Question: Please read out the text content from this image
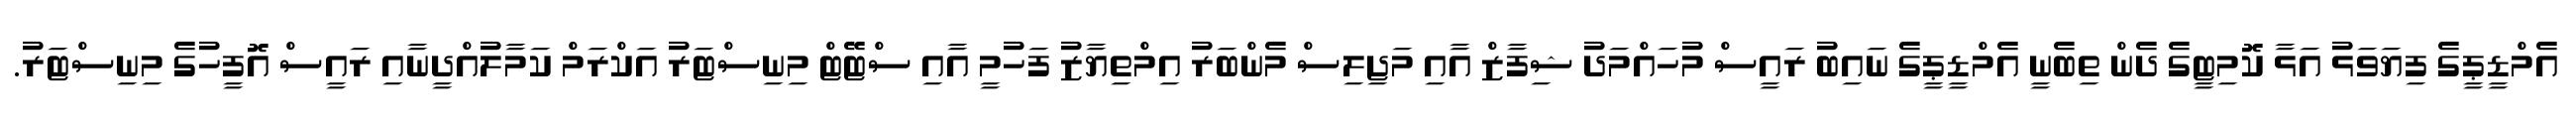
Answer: އެމްޑީޕީގެ ފިޔަވަޅު އަޅާ ކޮމިޓީގެ ދެން ތިބެނީ އެމްޑީޕީގެ ނައިބު ރައީސް މުހައްމަދު ޝިފާޒް އާއި މަޖިލިސް މެންބަރު އިމްތިޔާޒު ފަހުމީ އާއި ސްޓޭޓް މިނިސްޓަރު އަކްރަމް ކަމާލުއްދީނާއި ރައީސް އޮފީހުގެ މިނިސްޓަރު.